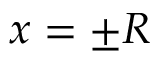
x = \pm R